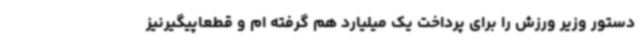
دستور وزیر ورزش را برای پرداخت یک میلیارد هم گرفته ام و قطعاپیگیرنیز